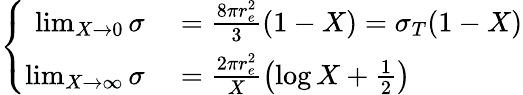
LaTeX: \left\{ \begin{array}{rl}{\operatorname*{lim}_{X\to 0}\sigma}&{{}=\frac{8\pi r_{e}^{2}}{3}(1-X)=\sigma_{T}(1-X)}\\ {\operatorname*{lim}_{X\to\infty}\sigma}&{{}=\frac{2\pi r_{e}^{2}}{X}\left(\log X+\frac{1}{2}\right)}\end{array}\right.